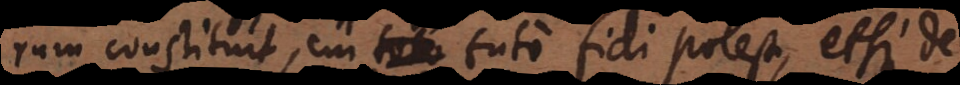
rum constituit, cui toto tuto fidi potest, etsi de